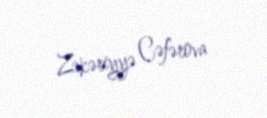
Zəkəriyyə Cəfərova